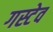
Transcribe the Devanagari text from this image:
गस्टेव